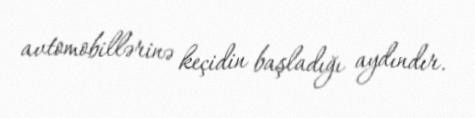
avtomobillərinə keçidin başladığı aydındır.